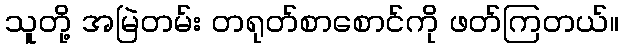
သူတို့ အမြဲတမ်း တရုတ်စာစောင်ကို ဖတ်ကြတယ်။